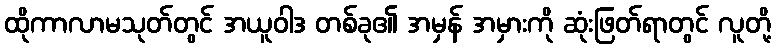
ထိုကာလာမသုတ်တွင် အယူဝါဒ တစ်ခု၏ အမှန် အမှားကို ဆုံးဖြတ်ရာတွင် လူတို့